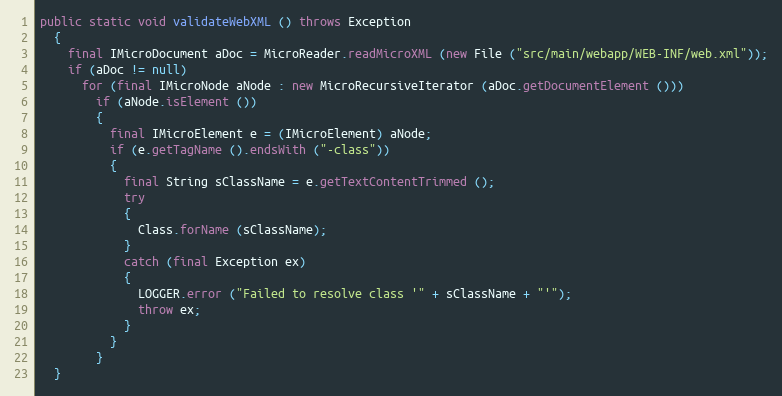
Language: Java
public static void validateWebXML () throws Exception
  {
    final IMicroDocument aDoc = MicroReader.readMicroXML (new File ("src/main/webapp/WEB-INF/web.xml"));
    if (aDoc != null)
      for (final IMicroNode aNode : new MicroRecursiveIterator (aDoc.getDocumentElement ()))
        if (aNode.isElement ())
        {
          final IMicroElement e = (IMicroElement) aNode;
          if (e.getTagName ().endsWith ("-class"))
          {
            final String sClassName = e.getTextContentTrimmed ();
            try
            {
              Class.forName (sClassName);
            }
            catch (final Exception ex)
            {
              LOGGER.error ("Failed to resolve class '" + sClassName + "'");
              throw ex;
            }
          }
        }
  }